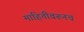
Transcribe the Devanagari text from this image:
माहितीवरूनच